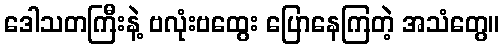
ဒေါသတကြီးနဲ့ ဗလုံးဗထွေး ပြောနေကြတဲ့ အသံတွေ။